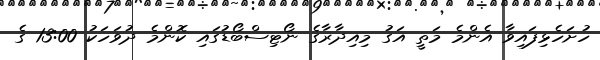
ހުށަހެޅިފައިވާ އެންމެ މަތީ އަގު މިއިދާރާގެ ނޯޓިސްބޯޑުގައި ކޮންމެ ދުވަހަކު 13:00 ގެ